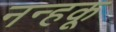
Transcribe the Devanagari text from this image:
नन्हकू